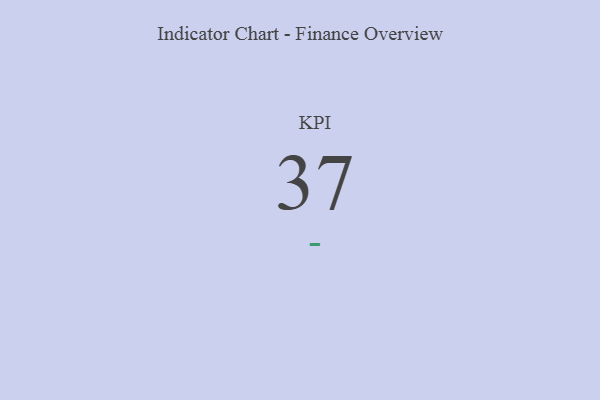
{"axis": {"x": "KPI", "y": "Value"}, "legend": [""], "data": [{"x": "KPI", "y": 37, "type": ""}]}